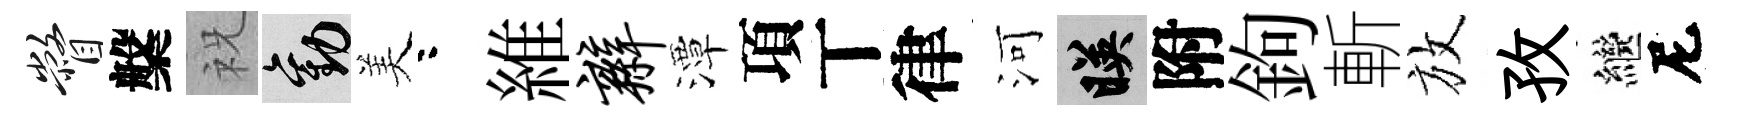
瞥槃祝勸美咯維辫潭項丅律河映附鉤斬放孜繼尼